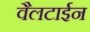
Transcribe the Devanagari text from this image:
वैलटाईन